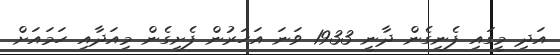
އަދި މީގައި ފެނިގެން ދާނީ 1933 ވަނަ އަހަރުން ފެށިގެން މިއަދާއި ހަމައަށް